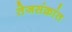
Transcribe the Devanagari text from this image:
तेजसंक्रांत